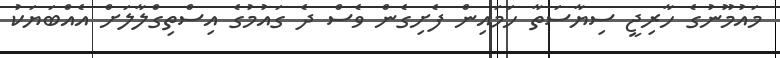
މައުމޫނުގެ ހާރިޖީ ސިޔާސަތާ ހަމައިން ފެށިގެން ވެސް ދެ ގައުމުގެ އިސްތިގްލާލަށް އެއްބަޔަކު